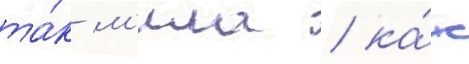
та́к м'ила / ка́к